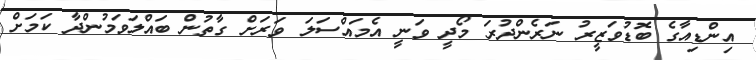
އިންޑިއާގެ ބޮޑުވަޒީރު ނަރެންދުރަ މޯދީ ވަނީ އެމައްސަލަ ވަރަށް ގާތުން ބައްލަވަމުންދާ ކަމަށް